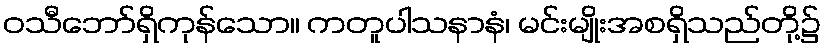
ဝသီဘော်ရှိကုန်သော။ ကတူပါသနာနံ၊ မင်းမျိုးအစရှိသည်တို့၌